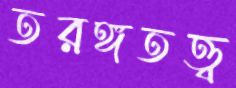
তরঙ্গতত্ত্ব